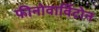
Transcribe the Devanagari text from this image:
फीनोवार्विटोन